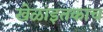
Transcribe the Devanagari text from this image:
खेळांइतकाच